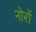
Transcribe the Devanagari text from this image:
नोरों